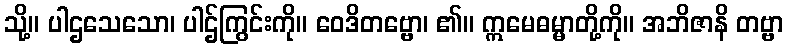
သို့။ ပါဌသေသော၊ ပါဌ်ကြွင်းကို။ ဝေဒိတဗ္ဗော၊ ၏။ ဣမေဓမ္မာတို့ကို။ အဘိဇာနိ တဗ္ဗာ